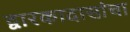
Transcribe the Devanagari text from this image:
द्वारकादासांचा